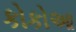
કોકોઆ